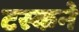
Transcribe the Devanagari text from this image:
टस्कने